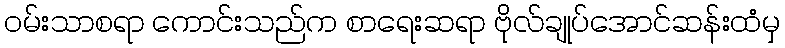
ဝမ်းသာစရာ ကောင်းသည်က စာရေးဆရာ ဗိုလ်ချုပ်အောင်ဆန်းထံမှ